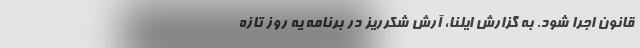
قانون اجرا شود. به گزارش ایلنا، آرش شکرریز در برنامه یه روز تازه